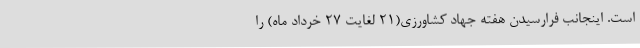
است. اینجانب فرارسیدن هفته جهاد کشاورزی(21 لغایت 27 خرداد ماه) را